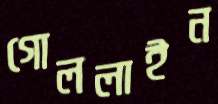
গোললাইন